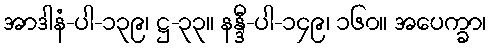
အာဒါနံ-ပါ-၁၃၉၊ ဋ္ဌ-၃၃။ နန္ဒီ-ပါ-၁၄၉၊ ၁၆၀။ အပေက္ခာ၊